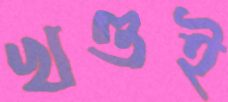
খণ্ডই